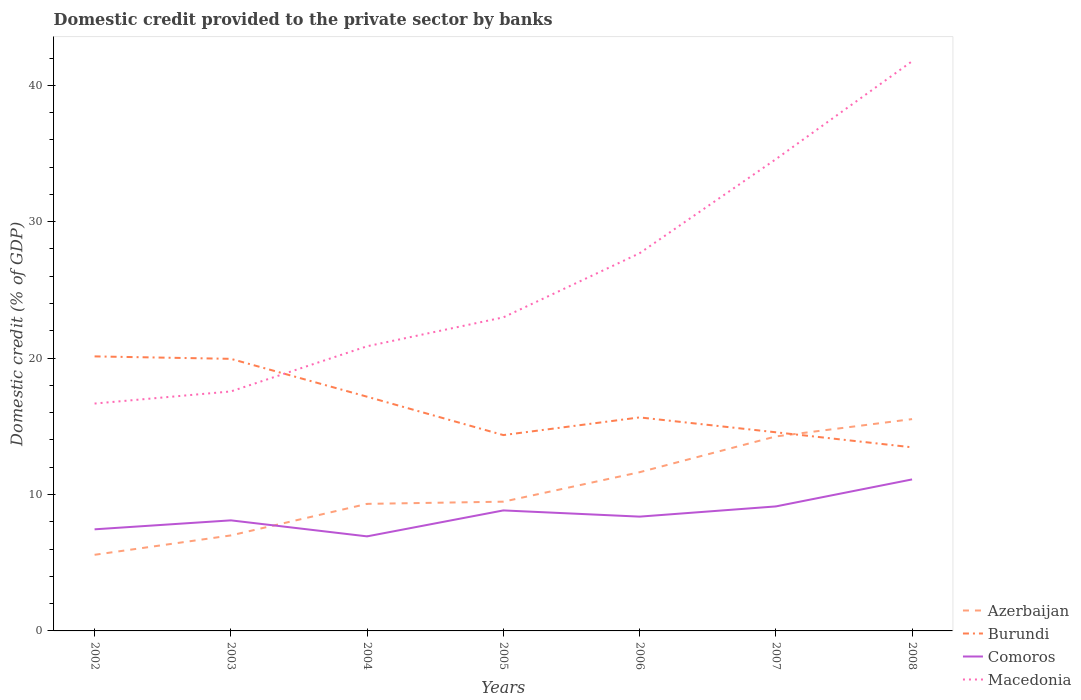
| Years | Azerbaijan | Burundi | Comoros | Macedonia |
 | --- | --- | --- | --- | --- |
 | 2002 | 5.58 | 20.1 | 7.45 | 16.7 |
 | 2003 | 7 | 19.9 | 8.11 | 17.6 |
 | 2004 | 9.31 | 17.2 | 6.93 | 20.9 |
 | 2005 | 9.48 | 14.4 | 8.83 | 23 |
 | 2006 | 11.6 | 15.7 | 8.38 | 27.7 |
 | 2007 | 14.3 | 14.6 | 9.13 | 34.6 |
 | 2008 | 15.5 | 13.5 | 11.1 | 41.8 |